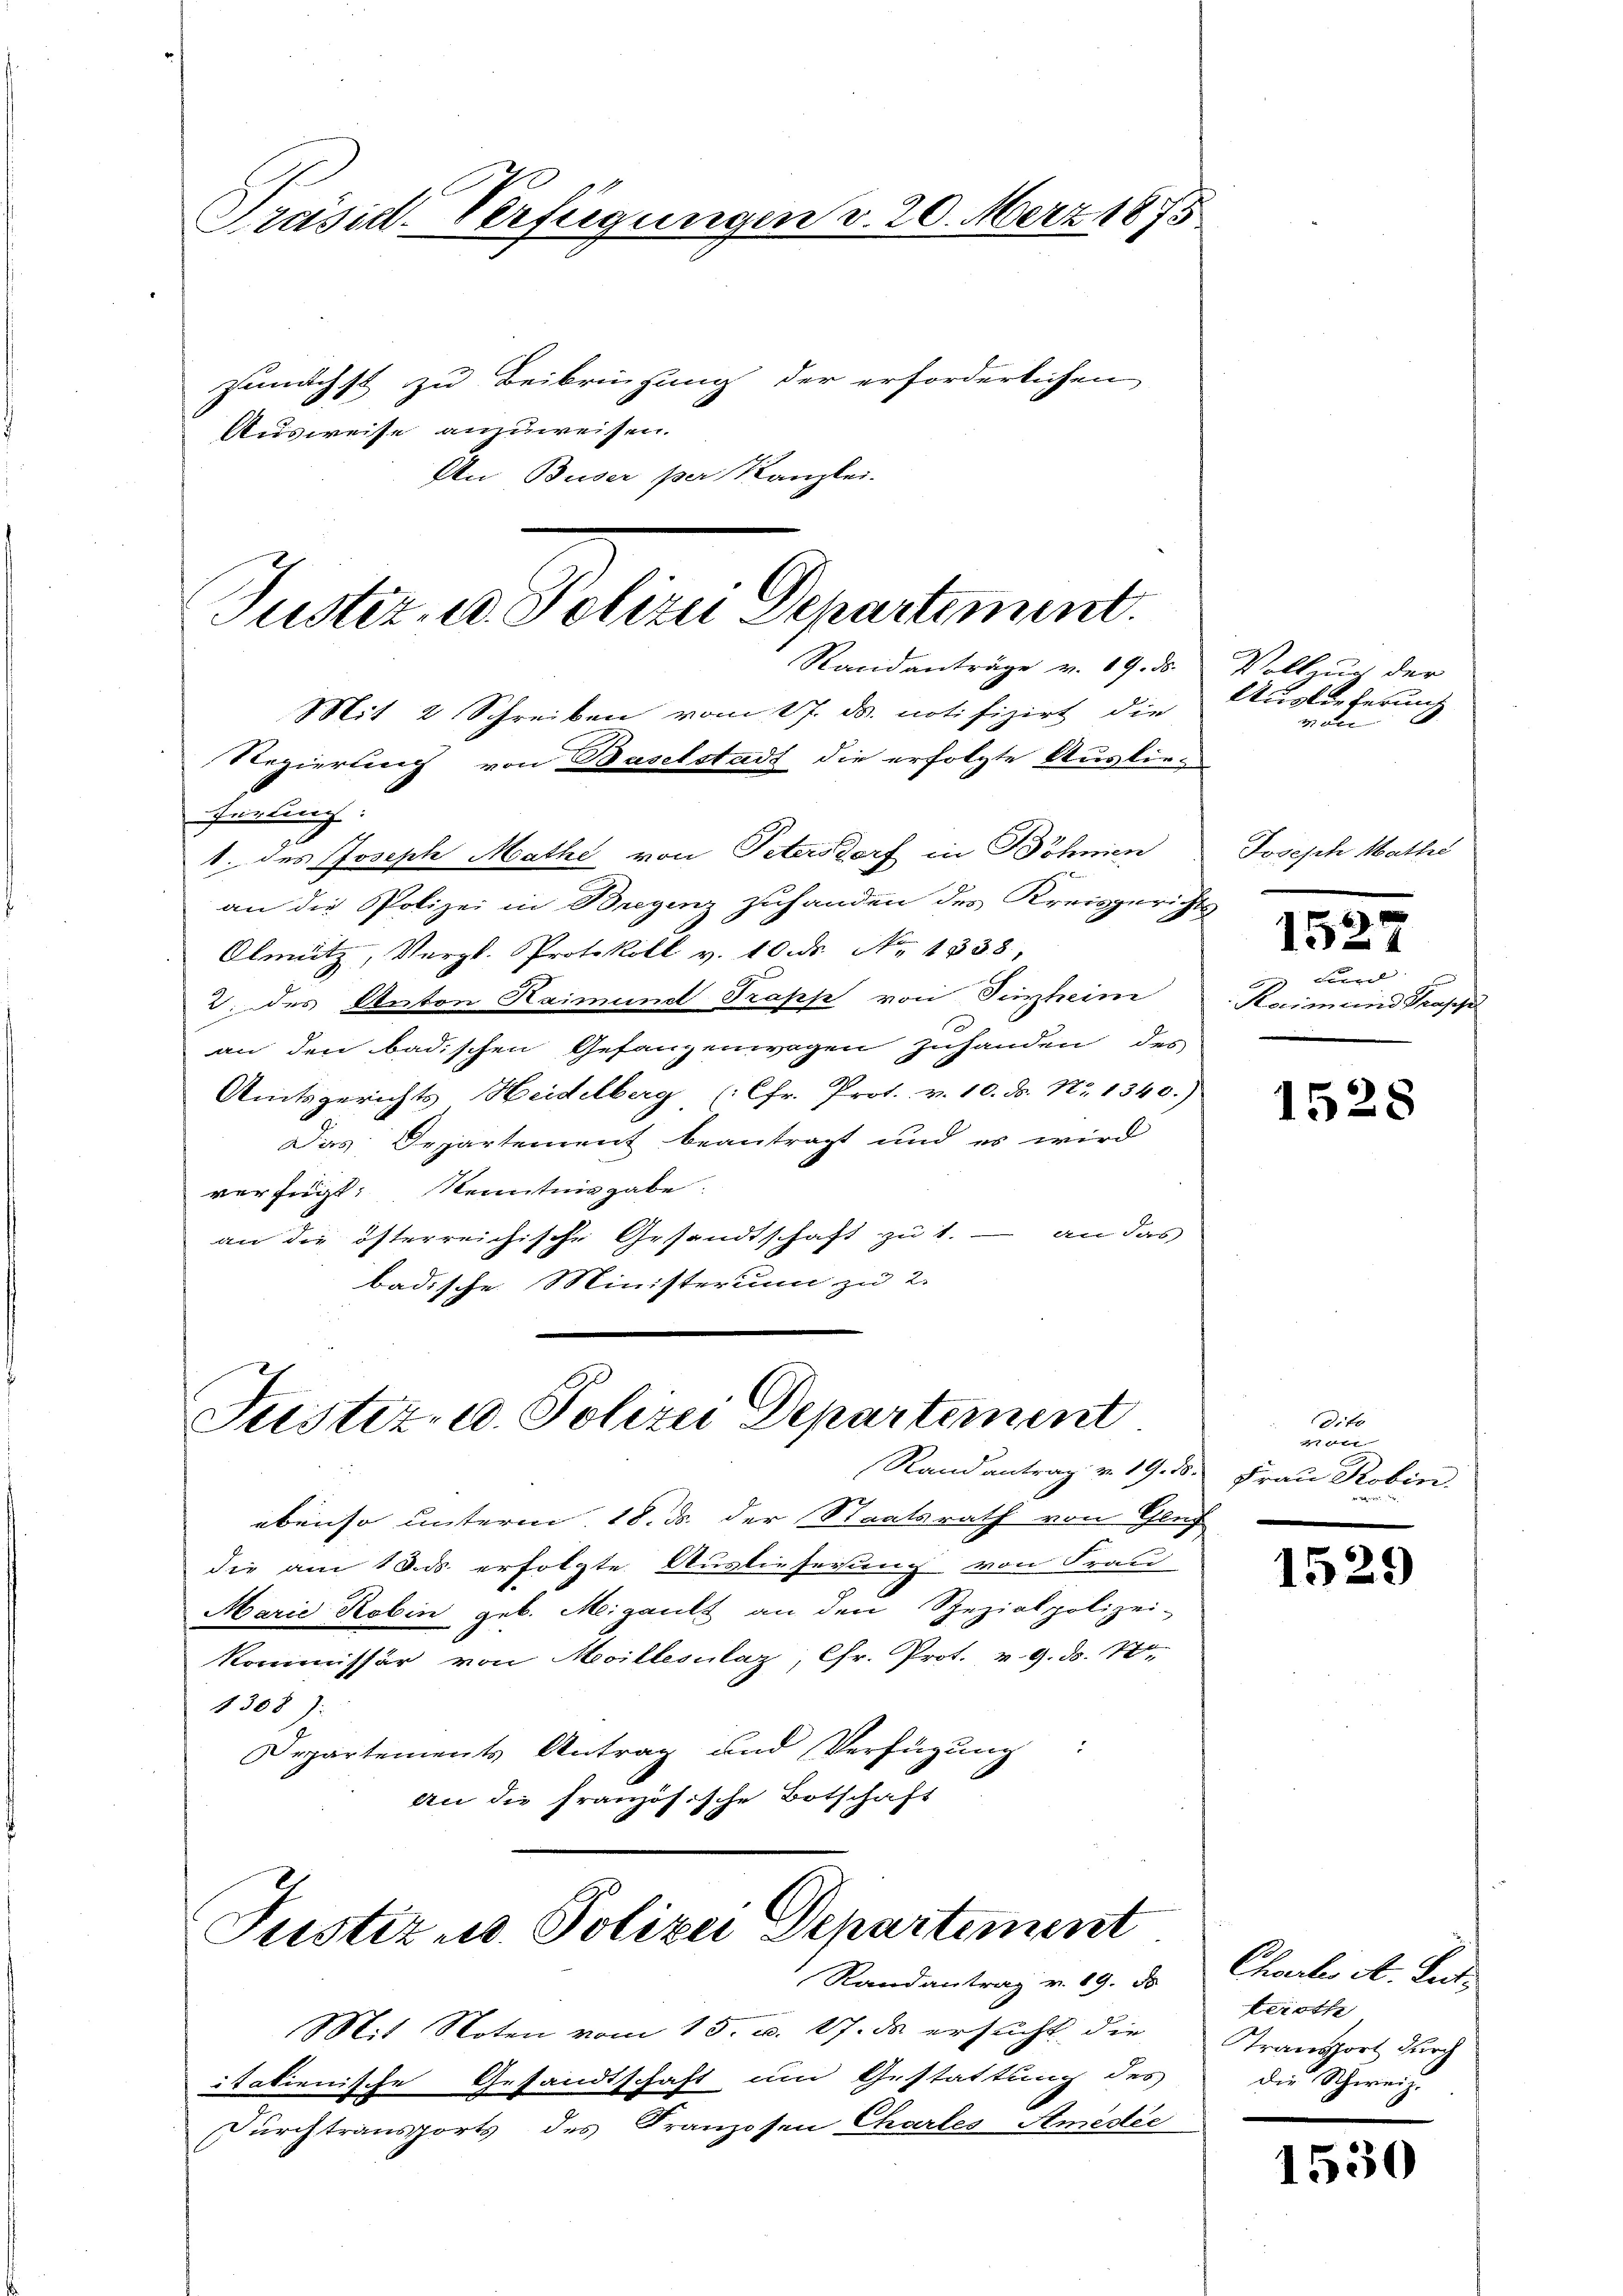
Präsid. Verfügungen v. 20. März 1875
zunächst zu Beibringung der erforderlichen
Ausweise anzuweisen.
Den Buser per Kanzlei.

Justiz- u. Polizei Departiment.
Ranidanträge v. 19. ds.
Mit 2 Schreiben vom 17. ds. notifizirt die
Regierung von Baselstadt die erfolgte Auslie¬
Ferding.

1. des Joseph Mathe von Petersdorf in Böhmen
an die Polizei in Bregenz zuhanden des Kreisgerichts
Olmütz, Vergl. Protokoll v. 10. ds. No. 1338,
2. des Anton Haimund Trasse von Titein
an den badischen Gefangenwagen zuhanden des
Amtsgerichts Heidelberg (Chr. Prot. v. 10. ds. Nr. 1340.)
Das Departement beantragt und es wird
verfügt: Kenntnisgabe.
an die österreichische Gesandtschaft zu 1. an das
badische Ministerium zu 2.

Justiz- u. Polizei Departement
Rand antrag v. 19. d. Frau Robin.

ebenso unterm 18. ds. der Staatsrath von Genz
die am 18. ds. erfolgte Auslieferung von Frau
Marie Robin geb. Meigault an den Spezialpolizei-
Kommissär von Mevillesalaz, Gr. Prot. v. 9. ds. 1780.
1308):
Departements Antrag und Verfügung.
an die französische Botschaft

Justiz u. Polizei Departement
Randantrag v. 19. ds.

Mit Noten vom 15. u. 17. ds ersucht, die
italienische Gesandtschaft um Gestattung des
Durchtransports des Franzosen Chartes Amedie

Vollung der
Ungler gerung
2er

Joseph Mathe

1527

Frd. |
Recimeind Praese

1528

Octo
1

1529

Chartes A. Entteroth
Transport durch
die Schweiz.

1530